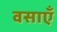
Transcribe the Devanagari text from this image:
वसाएँ